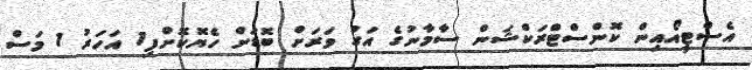
އެސްޓީއޯއިން ކޮންސްޓްރަކްޝަން ސާމާނުގެ އަގު ވަރަށް ބޮޑަށް ހެޔޮކޮށްފި1 އަހަރު 1 މަސް